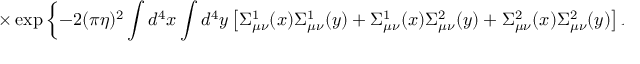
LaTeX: \times \exp \left\{ - 2 ( \pi \eta ) ^ { 2 } \int d ^ { 4 } x \int d ^ { 4 } y \left[ \Sigma _ { \mu \nu } ^ { 1 } ( x ) \Sigma _ { \mu \nu } ^ { 1 } ( y ) + \Sigma _ { \mu \nu } ^ { 1 } ( x ) \Sigma _ { \mu \nu } ^ { 2 } ( y ) + \Sigma _ { \mu \nu } ^ { 2 } ( x ) \Sigma _ { \mu \nu } ^ { 2 } ( y ) \right] D _ { m _ { B } } ^ { ( 4 ) } ( x - y ) \right\} .